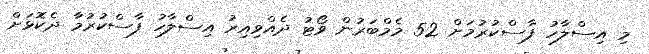
މި އިސްލާހު ފާސްކުރުމަށް 52 މެމްބަރުން ވޯޓު ދެއްވިއިރު އިސްލާހު ފާސްކުރުމާ ދެކޮޅަށް